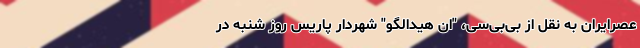
عصرایران به نقل از بی‌بی‌سی، "ان هیدالگو" شهردار پاریس روز شنبه در